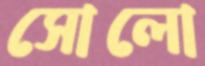
সোলো